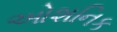
ઓશનિક